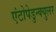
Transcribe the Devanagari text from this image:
एंटोपेडुन्क्युलर